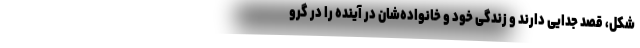
شکل، قصد جدایی دارند و زندگی خود و خانواده‌شان در آینده را در گرو